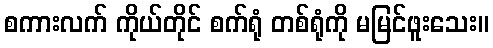
စကားလက် ကိုယ်တိုင် စက်ရုံ တစ်ရုံကို မမြင်ဖူးသေး။